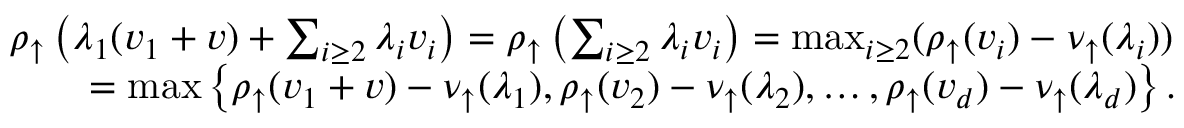
\begin{array} { r l } & { \rho _ { \uparrow } \left( \lambda _ { 1 } ( v _ { 1 } + v ) + \sum _ { i \geq 2 } \lambda _ { i } v _ { i } \right) = \rho _ { \uparrow } \left( \sum _ { i \geq 2 } \lambda _ { i } v _ { i } \right) = \operatorname* { m a x } _ { i \geq 2 } ( \rho _ { \uparrow } ( v _ { i } ) - \nu _ { \uparrow } ( \lambda _ { i } ) ) } \\ & { \qquad = \operatorname* { m a x } \left\{ \rho _ { \uparrow } ( v _ { 1 } + v ) - \nu _ { \uparrow } ( \lambda _ { 1 } ) , \rho _ { \uparrow } ( v _ { 2 } ) - \nu _ { \uparrow } ( \lambda _ { 2 } ) , \ldots , \rho _ { \uparrow } ( v _ { d } ) - \nu _ { \uparrow } ( \lambda _ { d } ) \right\} . } \end{array}